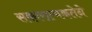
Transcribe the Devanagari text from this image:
सकारात्मकतेने